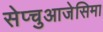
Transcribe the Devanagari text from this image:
सेप्चुआजेसिमा